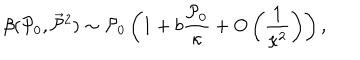
LaTeX: \beta ( { \cal P } _ { 0 } , \vec { { \cal P } } { } ^ { 2 } ) \sim { \cal P } _ { 0 } \left( 1 + b \frac { { \cal P } _ { 0 } } { \kappa } + O \left( \frac { 1 } { \kappa ^ { 2 } } \right) \right) ,